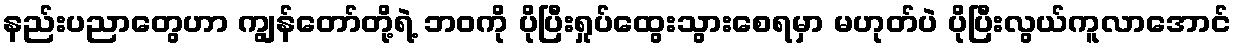
နည်းပညာတွေဟာ ကျွန်တော်တို့ရဲ့ ဘဝကို ပိုပြီးရှုပ်ထွေးသွားစေရမှာ မဟုတ်ပဲ ပိုပြီးလွယ်ကူလာအောင်